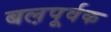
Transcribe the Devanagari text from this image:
बल़पूर्वक